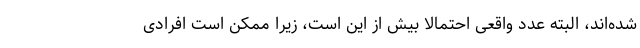
شده‌اند، البته عدد واقعی احتمالاً بیش از این است، زیرا ممکن است افرادی